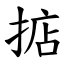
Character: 掂